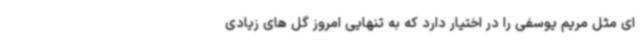
ای مثل مریم یوسفی را در اختیار دارد که به تنهایی امروز گل های زیادی